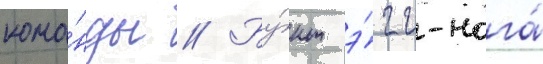
кома́нды // Бу́нт э́гг-нога́